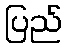
ပြည်